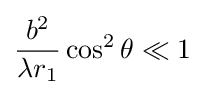
{\frac {b^{2}}{\lambda r_{1}}}\cos ^{2}\theta \ll 1